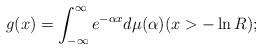
LaTeX: \begin{align*}g(x) = \int_{-\infty}^\infty e^{- \alpha x} d\mu(\alpha) (x > -\ln R); \end{align*}